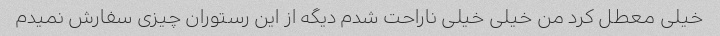
خیلی معطل کرد من خیلی خیلی ناراحت شدم دیگه از این رستوران چیزی سفارش نمیدم